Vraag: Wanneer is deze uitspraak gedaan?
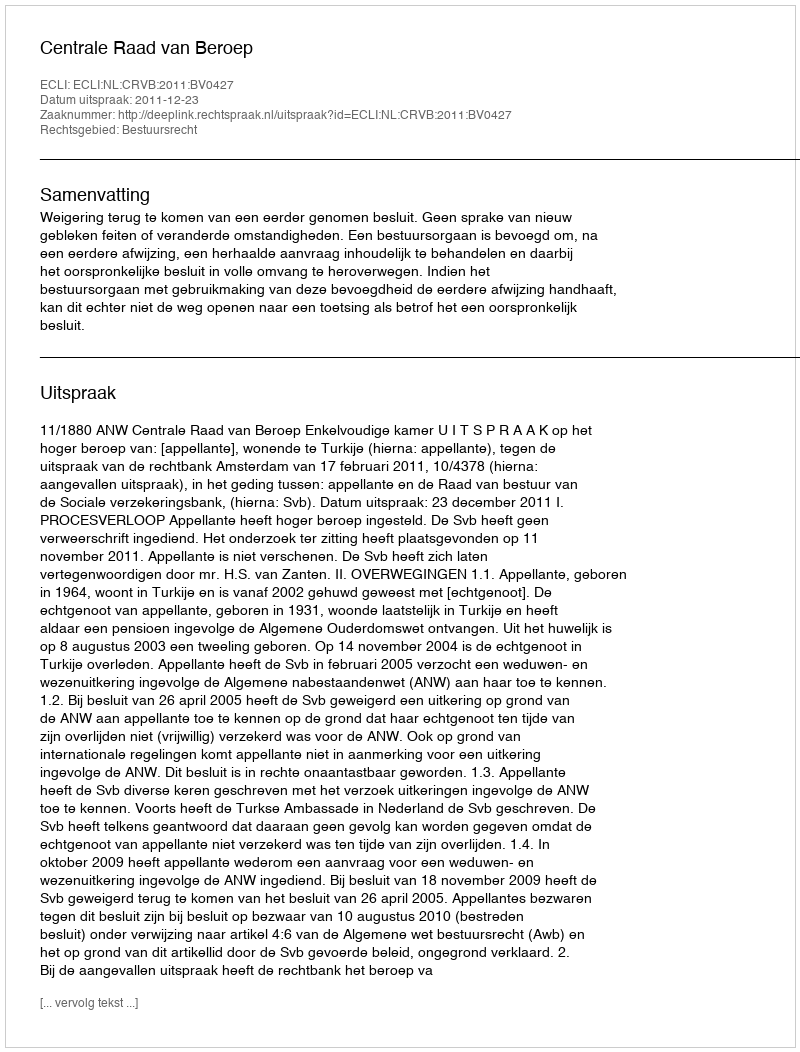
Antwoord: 2011-12-23